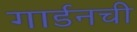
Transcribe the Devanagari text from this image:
गार्डनची